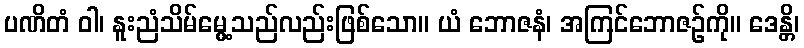
ပဏိတံ ဝါ၊ နူးညံသိမ်မွေ့သည်လည်းဖြစ်သော။ ယံ ဘောဇနံ၊ အကြင်ဘောဇဉ်ကို။ ဒေန္တိ၊